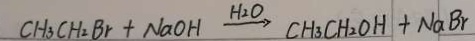
C H _ { 3 } C H _ { 2 } B r + N a O H \xrightarrow { H _ { 2 } O } C H _ { 3 } C H _ { 2 } O H + N a B r